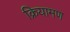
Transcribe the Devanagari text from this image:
क्रियामण